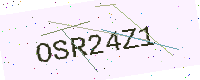
Text: OSR24Z1